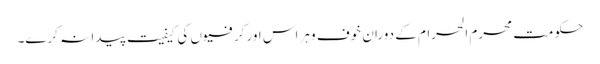
حکومت محرم الحرام کے دوران خوف و ہراس اور کرفیوں کی کیفیت پیدا نہ کرے۔